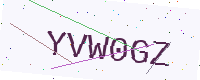
Text: YVW0GZ